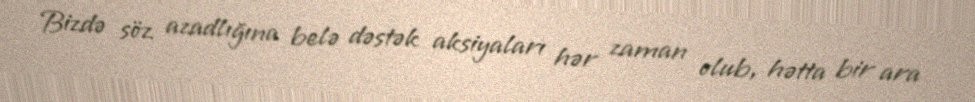
Bizdə söz azadlığına belə dəstək aksiyaları hər zaman olub, hətta bir ara